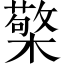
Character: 檠